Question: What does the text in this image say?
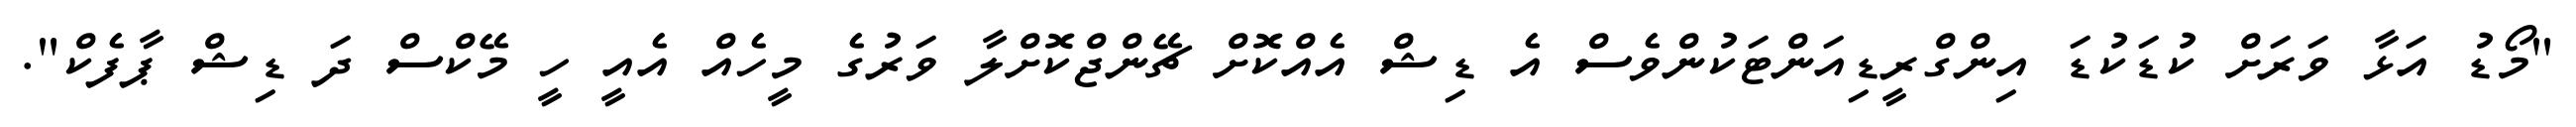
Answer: "މޯޑު އަޅާ ވަރަށް ކުޑަކުޑަ އިންގްރީޑިއަންޓަކުންވެސް އެ ޑިޝް އެއްކޮށް ޗޭންޖްކޮށްލާ ވަރުގެ މީހެއް އެއީ ހީ މޭކްސް ދަ ޑިޝް ޕާފެކް".